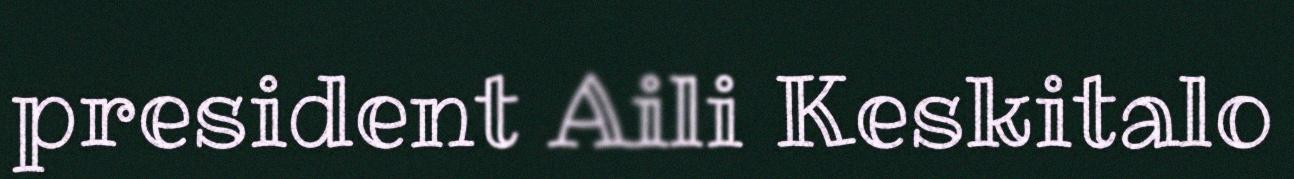
president Aili Keskitalo